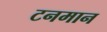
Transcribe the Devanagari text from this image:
टनमान